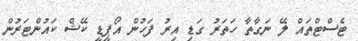
ޓެސްޓްތައް ލޭ ނަގާތާ ހަތަރު ގަޑި އިރު ފަހުން އޯޕީޑީ ކޭޝް ކައުންޓަރުން